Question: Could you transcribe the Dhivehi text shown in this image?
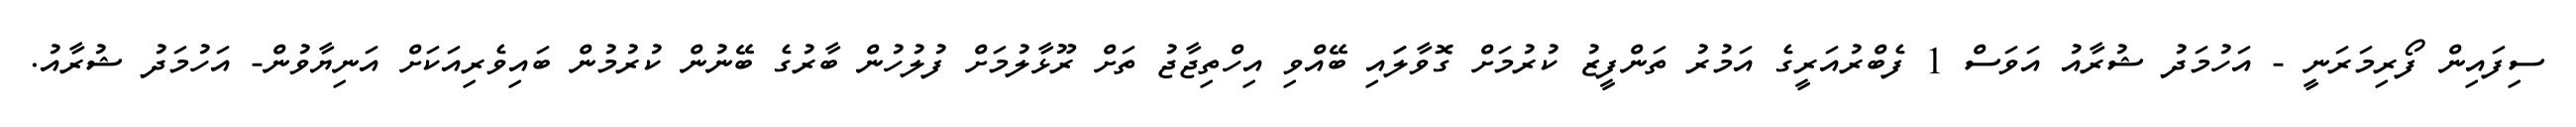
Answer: ސިފައިން ފޯރިމަރަނީ - އަހުމަދު ޝުރާއު އަވަސް 1 ފެބްރުއަރީގެ އަމުރު ތަންފީޒު ކުރުމަށް ގޮވާލަައި ބޭއްވި އިހްތިޖާޖު ތަށް ރޫޅާލުމަށް ފުލުހުން ބާރުގެ ބޭނުން ކުރުމުން ބައިވެރިއަކަށް އަނިޔާވުން- އަހުމަދު ޝުރާއު.